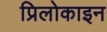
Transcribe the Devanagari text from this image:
प्रिलोकाइन